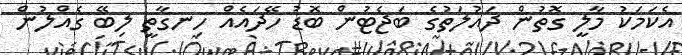
އެކަމަކު މާލީ ގޮތުން ދައުލަތުގެ ބަޖެޓުން ބޮޑު ހޭދައެއް ހިނގާތީ ލިބޭ ގެއްލުން